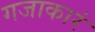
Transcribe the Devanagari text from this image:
गजाकारं